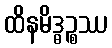
ထိနမိဒ္ဓဉ္စဿ